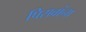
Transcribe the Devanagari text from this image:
पिसवांना